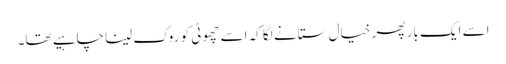
اسے ایک بار پھر خیال ستانے لگا کہ اسے چھوٹی کو روک لینا چاہیے تھا۔